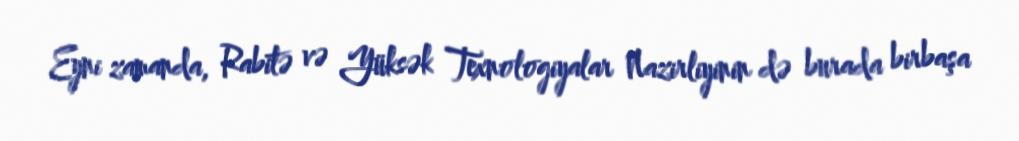
Eyni zamanda, Rabitə və Yüksək Texnologiyalar Nazirliyinin də burada birbaşa